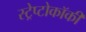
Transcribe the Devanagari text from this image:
स्ट्रेप्टोकॉकी